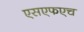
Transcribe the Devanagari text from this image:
एसएफएच